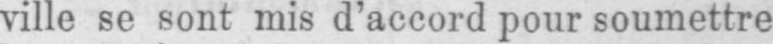
ville se sont mis d’accord pour soumettre